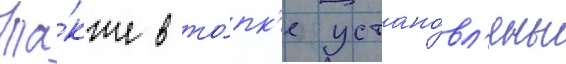
Та́кже в то́пк'е устано́вл'ены